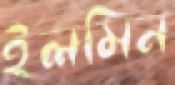
ইলমিন